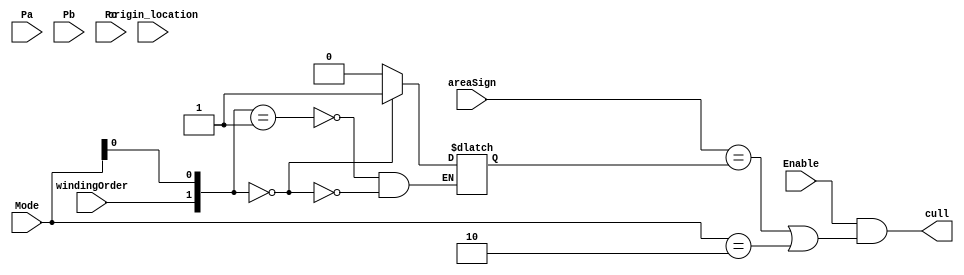
module face_culler(
    input wire [65:0] Pa,
    input wire [65:0] Pb,
    input wire [65:0] Pc,
    input wire Enable,
    input wire [1:0] Mode,
    input wire windingOrder,
    input wire origin_location,
    input wire areaSign,
    output wire cull
);
    //areaSign
    localparam PLUS = 1'b0;
    localparam MINUS = 1'b1;

    //origin_location
    localparam TL = 1'b0;
    localparam BL = 1'b1;

    //windingOrder
    localparam CW = 1'b1 ;
    localparam ACW = 1'b0;

    //mode must be one of these as opposed to what I said in my orignal report
    localparam B = 'b00;
    localparam F = 'b01;
    localparam FB = 'b10;
    reg signForCulling;
//    assign signForCulling = ({windingOrder, Mode[0]} == {ACW, F}) ? PLUS : (({windingOrder, Mode[0]} == {CW, F}) ? MINUS : (({windingOrder, Mode[0]} == {CW, B}) ? PLUS : MINUS));

// (windingOrder == ACW) ? (Mode[0] == F ? signForCulling = PLUS : {ACW, F}: signForCulling = PLUS) : ({ CW, F}: signForCulling = MINUS; { CW, B}: signForCulling = PLUS;) ;
    always @(windingOrder or Mode[0]) begin
        case({windingOrder, Mode[0]})
        //ACW = PLUS#
        //CW = MINUS
            {ACW, F}: signForCulling = PLUS;
            { CW, F}: signForCulling = MINUS;
            { CW, B}: signForCulling = PLUS;
            {ACW, B}: signForCulling = MINUS;
        endcase
    end
    

    assign cull = Enable && ((areaSign == signForCulling) || (Mode == FB));
    
endmodule